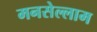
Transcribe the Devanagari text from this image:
मनसेल्लाम